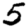
Digit: 5